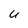
Character: u